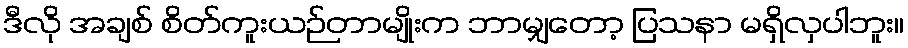
ဒီလို အချစ် စိတ်ကူးယဉ်တာမျိုးက ဘာမျှတော့ ပြသနာ မရှိလှပါဘူး။